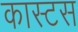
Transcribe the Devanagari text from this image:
कास्टस